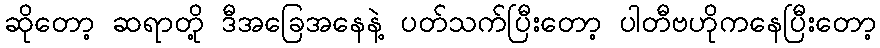
ဆိုတော့ ဆရာတို့ ဒီအခြေအနေနဲ့ ပတ်သက်ပြီးတော့ ပါတီဗဟိုကနေပြီးတော့